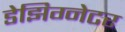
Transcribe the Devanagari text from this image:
डेझिग्नेटर